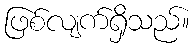
ဖြစ်လျက်ရှိသည်။